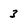
Character: 3